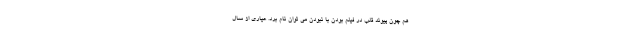
هم چون پیوند قلب در فیلم بودن با نبودن می توان نام برد. عیاری از سال